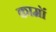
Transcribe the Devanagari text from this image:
कामॉ